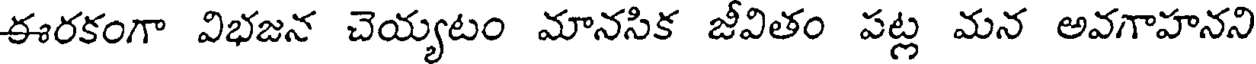
ఈరకంగా విభజన చెయ్యటం మానసిక జీవితం పట్ల మన అవగాహనని